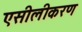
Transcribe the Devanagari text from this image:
एसीलीकरण